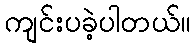
ကျင်းပခဲ့ပါတယ်။